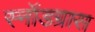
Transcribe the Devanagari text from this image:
स्नॉडग्रास